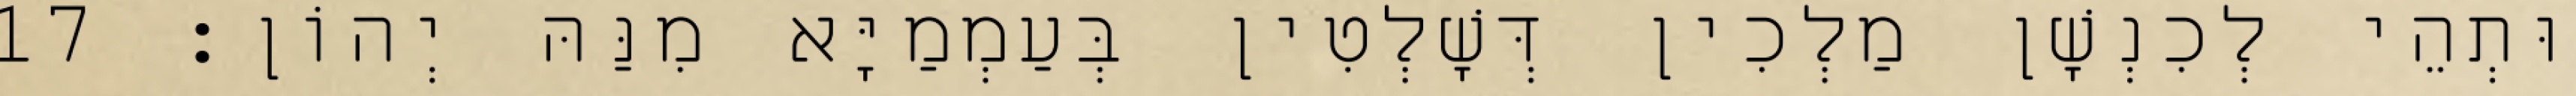
וּתְהֵי לְכִנְשָׁן מַלְכִין דְּשָׁלְטִין בְּעַמְמַיָּא מִנַּהּ יְהוֹן׃ 17